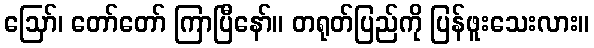
ဩော်၊ တော်တော် ကြာပြီနော်။ တရုတ်ပြည်ကို ပြန်ဖူးသေးလား။